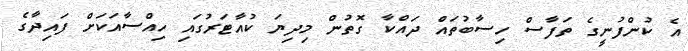
އެ ކުންފުނީގެ ތަފާސް ހިސާބުތައް ދައްކާ ގޮތުން މިދިޔަ ކުއާޓަރުގައި ހިއްސާއަކަށް ފައިދާގެ